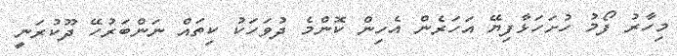
މިހާރު ފޯމު ހުށަހަޅާފިޔޭ އަހަރެން އެހިން ކޮންމެ ދުވަހަކު ކިތައް ނަންބަރުހޭ ދޫކުރަނީ